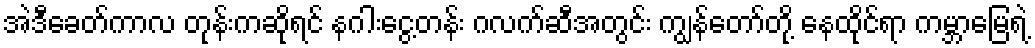
အဲဒီခေတ်ကာလ တုန်းကဆိုရင် နဂါးငွေ့တန်း ဂလက်ဆီအတွင်း ကျွန်တော်တို့ နေထိုင်ရာ ကမ္ဘာမြေရဲ့